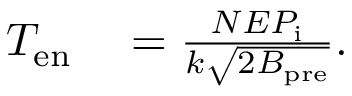
\begin{array} { r l } { T _ { \mathrm { e n } } } & { { } = \frac { N E P _ { \mathrm { i } } } { k \sqrt { 2 B _ { \mathrm { p r e } } } } . } \end{array}